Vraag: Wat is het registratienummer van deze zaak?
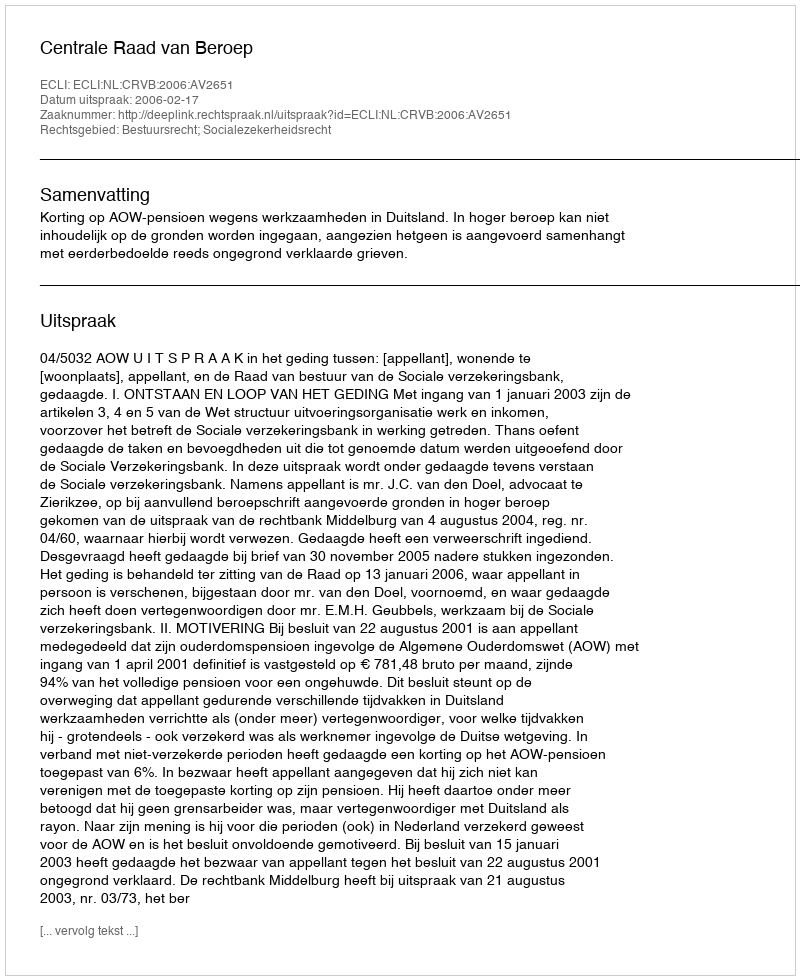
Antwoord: http://deeplink.rechtspraak.nl/uitspraak?id=ECLI:NL:CRVB:2006:AV2651